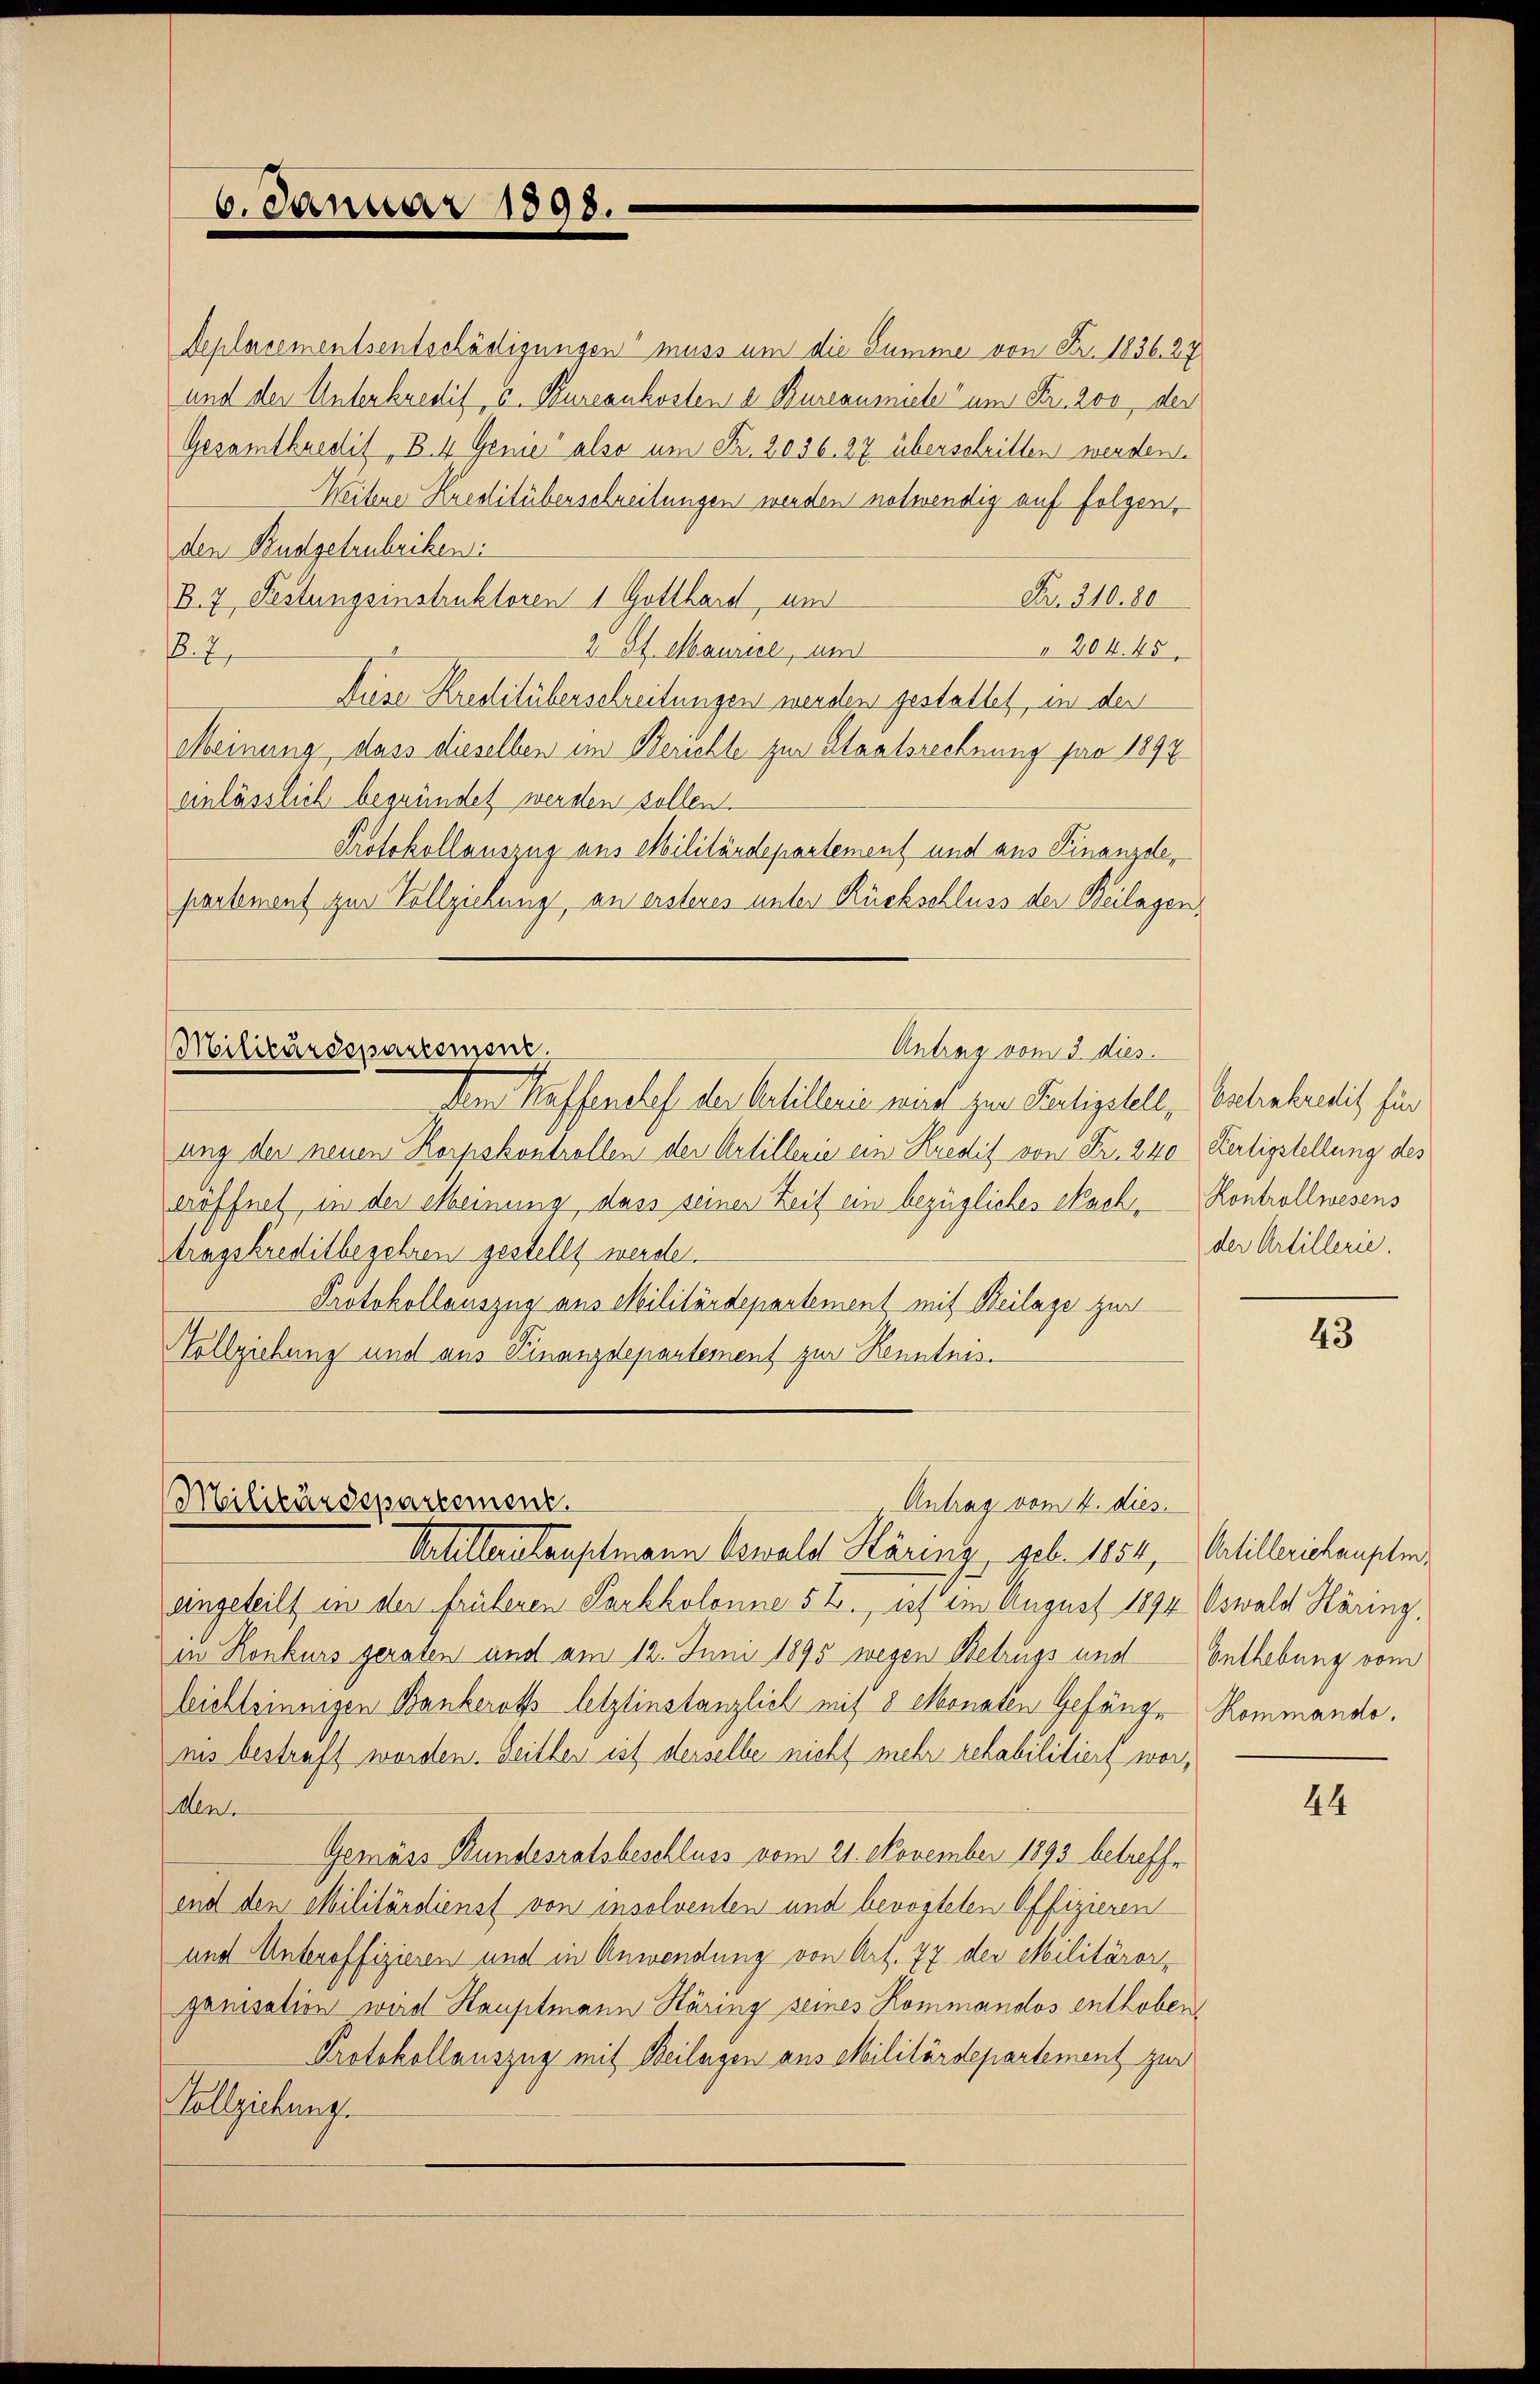
6. Januar 1898.

deplacementsentschädigungen muss um die Summe von Fr. 1836. 27
und der Unterkredig, u. Kureaukosten d. Bureaumiele um Fr. 200, der
Gesamtkredit, B. 4 Genie also um Fr. 2036. 27 überschritten werden.
Weitene Kreditüberschreibungen werden notwendig auf folgen,
den Budgetrubriken
B.7 Festungsinstruktoren 1 Gotthard, und
Nr. 310. 80
2 St. Maurice, und
 204. 45
.2.
Aüse Kreditüberschreitungen werden gestattet, in der
Meinung, dass dieselben im Berichte zur Staatsrechnung pro 1897
einlässlich begründet werden sollen.
Protokollauszug aus Militärdepartement und aus Finanzele,
partement zur Vollziehung, an ersteres unter Rückschluss der Beilagen,
Militärdepartement
Antrag vom 3. dies
Dem Kaffenschef der Artillerie wird zur Pietigstell, Antrabredit für
ung der neuen Korpskontrollen der Artillerie ein Kredit von Fr. 240 Fertigstellung des
eröffnet in der Meinung dass seiner Zeit ein bezügliches Nach Kontrollwesens
Atragskreditbegehren gestellt werde.
Protokollauszug aus Militärdepartement mit Beilage zur
Hollziehung und aus Finanzdepartement zur Kenntnis¬

Antrag vom 2. dies
Militärdepartement.

der Artillerie.

Artillerstauptmann Oswald Häring, geb. 1854, Artilleriehaupten,
eingeteilt in der früheren Parkkolonne 5 2., ist im August 1894 Oswald Häring,
in Konkurs geraten und am 12. Juni 1895 wegen Betrugs und Enthebung vom
leichtsinnigen Bankeroth letztinstanzlich mit 8 Monaten Gefänge Kommando.
nis bestraft worden. Seitles ist derselbe nicht mehr rehabilitiert worent
Gemäss Bundesratsbeschluss vom 21. November 1893 betreffe
end den Militärdienst von insolventen und bevogteten Offizieren
und Unteroffizieren und in Anwendung von Art. 77 der Militäror
ganisation wird Hauptmann Stäring seines Kommandos enthoben,
Protokollauszug mit Beilagen aus Militärdepartement zur
Vollziehung.

43

44